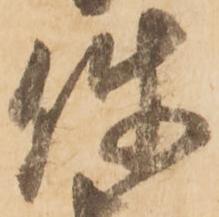
使